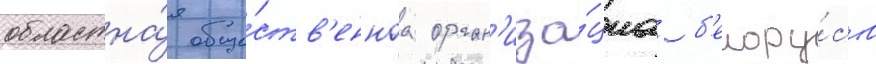
областна́я обще́ств'еннаа орган'иза́циа б'елору́сов